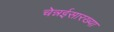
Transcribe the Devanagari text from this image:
चेन्नईसारख्या